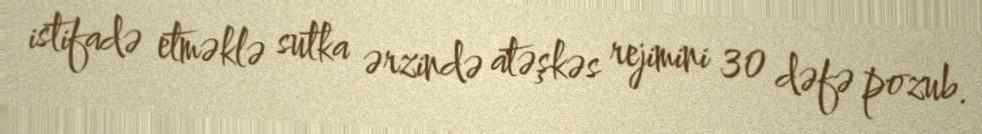
istifadə etməklə sutka ərzində atəşkəs rejimini 30 dəfə pozub.